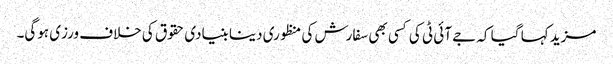
مزید کہا گیا کہ جے آئی ٹی کی کسی بھی سفارش کی منظوری دینا بنیادی حقوق کی خلاف ورزی ہوگی۔